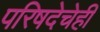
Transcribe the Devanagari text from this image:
परिषदेचेही